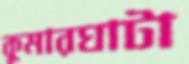
কুমারঘাটা